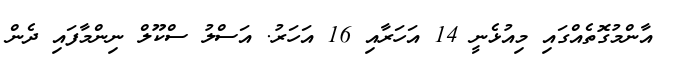
އާންމުގޮތެއްގައި މިއުޅެނީ 14 އަހަރާއި 16 އަހަރު. އަސްލު ސްކޫލް ނިންމާފައި ދެން